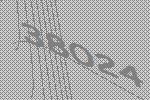
38024